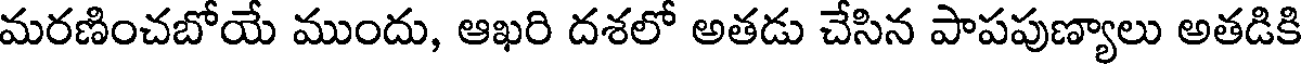
మరణించబోయే ముందు, ఆఖరి దశలో అతడు చేసిన పాపపుణ్యాలు అతడికి